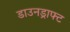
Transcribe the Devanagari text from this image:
डाउनड्राफ्ट